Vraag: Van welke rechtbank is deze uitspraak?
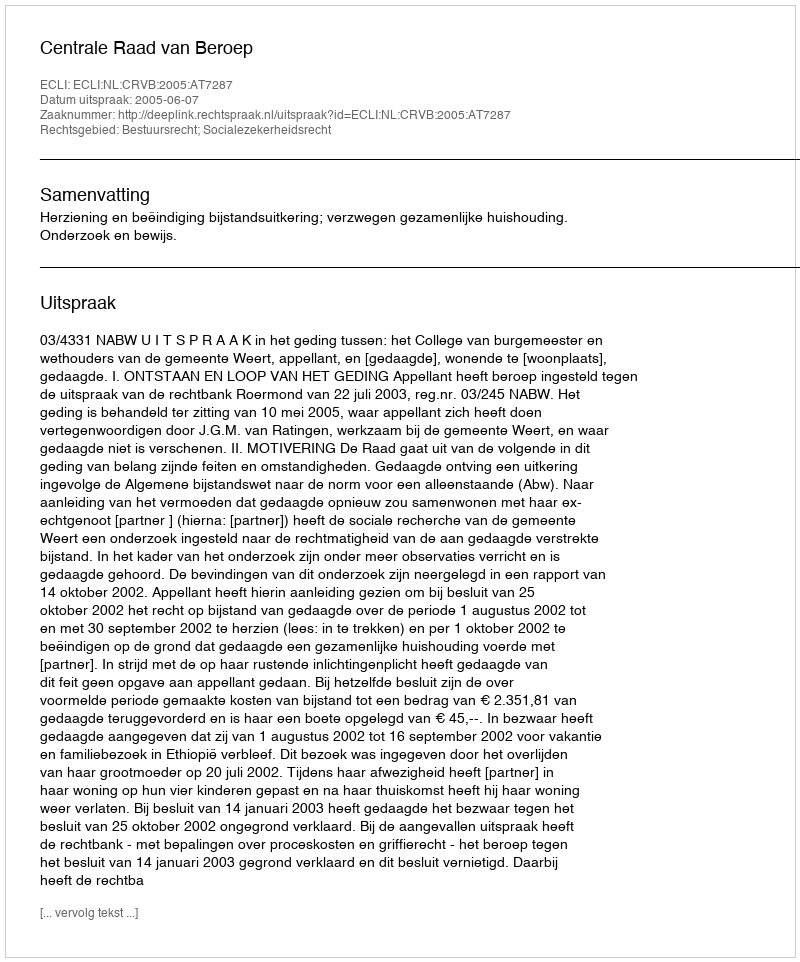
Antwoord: Centrale Raad van Beroep